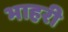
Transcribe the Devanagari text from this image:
भाहरी